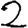
Digit: 2